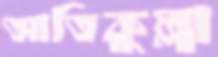
আতিকুল্লা